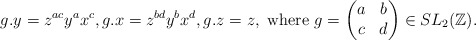
\begin{align*}g.y = z^{ac}y^ax^c, g.x = z^{bd}y^bx^d, g.z = z, \textrm{ where }g = \begin{pmatrix}a&b\\c&d\end{pmatrix}\in SL_2(\mathbb{Z}).\end{align*}